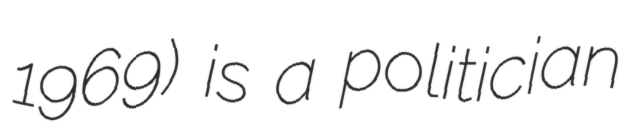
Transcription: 1969) is a politician